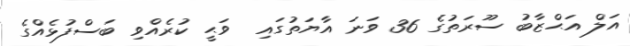
އަލް އަޙްޒާބު ސޫރަތުގެ 36 ވަނަ އާޔަތުގައި  ވަޙީ ކުރެއްވި ބަސްފުޅެއްގެ